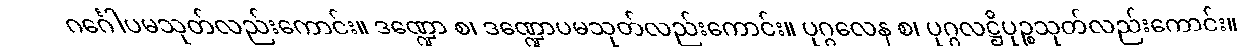
ဂင်္ဂေါပမသုတ်လည်းကောင်း။ ဒဏ္ဍော စ၊ ဒဏ္ဍောပမသုတ်လည်းကောင်း။ ပုဂ္ဂလေန စ၊ ပုဂ္ဂလဋ္ဌိပုဉ္စသုတ်လည်းကောင်း။